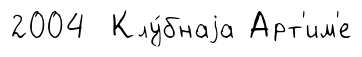
2004 Клу́бнаjа Арт'им'е